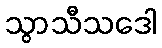
သွာသီသဒေါ